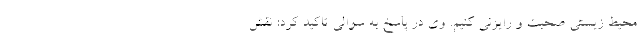
محیط زیستی صحبت و رایزنی کنیم. وی در پاسخ به سوالی تاکید کرد: نقش